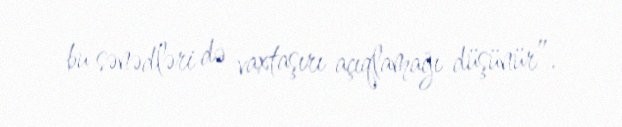
bu sənədləri də vaxtaşırı açıqlamağı düşünür”.